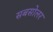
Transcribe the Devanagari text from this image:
सबसोलर